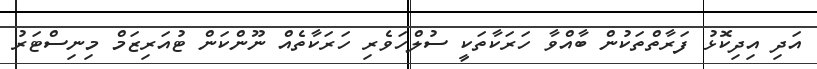
އަދި އިދިކޮޅު ފަރާތްތަކުން ބާއްވާ ހަރަކާތަކީ ސުލްހަވެރި ހަރަކާތެއް ނޫންކަން ޓުއަރިޒަމް މިނިސްޓަރު